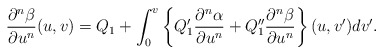
\begin{align*} \frac{\partial^n\beta}{\partial u^n}(u,v)=Q_1+\int_0^v\left\{Q_1'\frac{\partial^n\alpha}{\partial u^n}+Q_1''\frac{\partial^n\beta}{\partial u^n}\right\}(u,v')dv'.\end{align*}